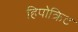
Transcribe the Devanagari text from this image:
हिपोक्रिट